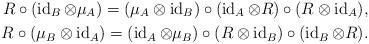
LaTeX: \begin{align*} R\circ (\operatorname{id}_B\otimes \mu _A)=(\mu _A\otimes \operatorname{id}_B)\circ (\operatorname{id}_A\otimes R)\circ(R\otimes \operatorname{id}_A), \\ R\circ (\mu _B\otimes \operatorname{id}_A)=(\operatorname{id}_A\otimes \mu _B)\circ (R\otimes \operatorname{id}_B)\circ(\operatorname{id}_B\otimes R). \end{align*}